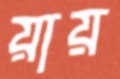
য়ায়